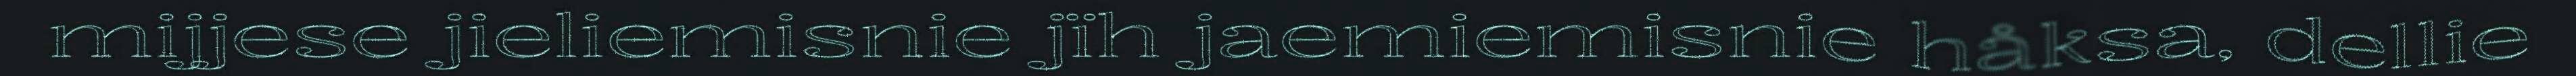
mijjese jieliemisnie jïh jaemiemisnie håksa, dellie